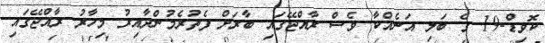
ކޮވިޑް-19 ގެ ބަލި އަނެއްކާ ވެސް ރާއްޖޭގައި ބާރަށް ފެތުރެމުންދާއިރު މިހާރު ރާއްޖޭގައި